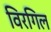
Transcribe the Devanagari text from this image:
विरगिल